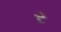
ર